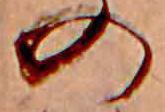
の